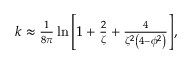
\begin{array} { r } { k \approx \frac { 1 } { 8 \pi } \ln { \left[ 1 + \frac { 2 } { \zeta } + \frac { 4 } { \zeta ^ { 2 } \left( 4 - \phi ^ { 2 } \right) } \right] } , } \end{array}